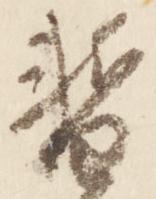
暫